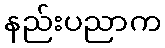
နည်းပညာက